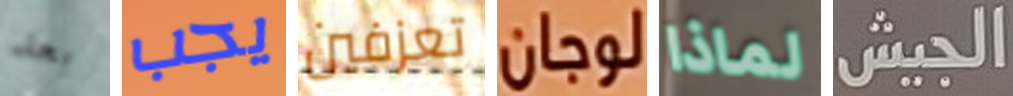
بعد يجب تعزفين لوجان لماذا الجيش